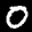
Label: 0